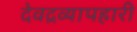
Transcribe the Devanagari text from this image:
देवद्रव्यापहारी